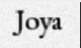
Joya